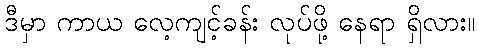
ဒီမှာ ကာယ လေ့ကျင့်ခန်း လုပ်ဖို့ နေရာ ရှိလား။